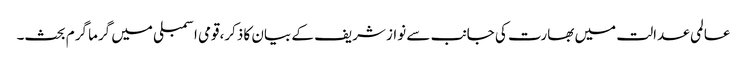
عالمی عدالت میں بھارت کی جانب سے نواز شریف کے بیان کا ذکر،قومی اسمبلی میں گرما گرم بحث۔